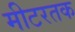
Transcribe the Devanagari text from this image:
मीटरतक